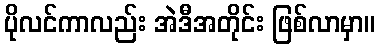
ပိုလင်ကာလည်း အဲဒီအတိုင်း ဖြစ်လာမှာ။